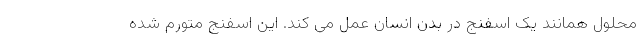
محلول همانند یک اسفنج در بدن انسان عمل می کند. این اسفنج متورم شده